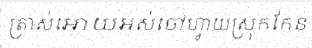
ត្រាស់អោយអស់ចៅហ្វាយស្រុកកែន